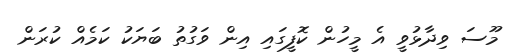
މޫސަ ވިދާޅުވީ އެ މީހުން ކޮފީގައި އިން ވަގުތު ބަޔަކު ކަމެއް ކުރަން